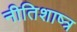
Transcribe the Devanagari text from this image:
नीतिशाष्त्र